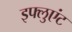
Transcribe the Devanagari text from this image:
इफ्लुएंट